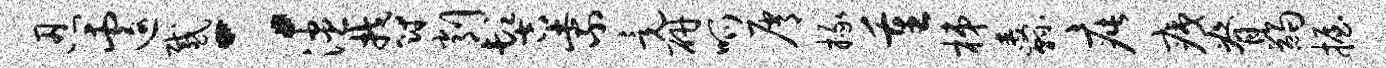
忍遽感：漶郁削髻紫竟研呱屑掾重梯纛疵痍脊蠲握